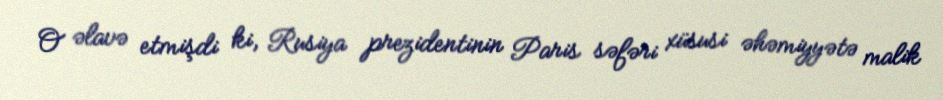
O əlavə etmişdi ki, Rusiya prezidentinin Paris səfəri xüsusi əhəmiyyətə malik